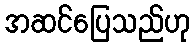
အဆင်ပြေသည်ဟု